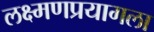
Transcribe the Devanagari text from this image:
लक्ष्मणप्रयागला